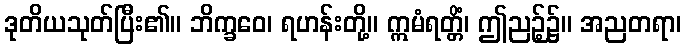
ဒုတိယသုတ်ပြီး၏။ ဘိက္ခဝေ၊ ရဟန်းတို့။ ဣမံရတ္တိံ၊ ဤညဉ့်၌။ အညတရာ၊